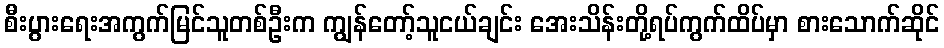
စီးပွားရေးအကွက်မြင်သူတစ်ဦးက ကျွန်တော့်သူငယ်ချင်း အေးသိန်းတို့ရပ်ကွက်ထိပ်မှာ စားသောက်ဆိုင်